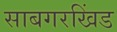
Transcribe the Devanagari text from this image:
साबगरखिंड